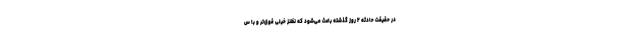
در حقیقت حادثه ۲ روز گذشته باعث می‌شود که نظنز خیلی قوی‌تر و با س